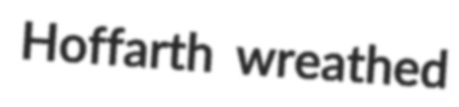
Hoffarth wreathed